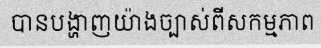
បានបង្ហាញយ៉ាងច្បាស់ពីសកម្មភាព